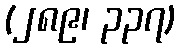
(၂၈၉၊ ၃၃၇)